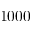
1 0 0 0